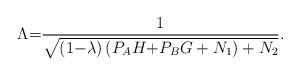
LaTeX: \begin{align*}\Lambda {\rm{ = }}{{\rm{1}} \over {\sqrt {\left( {{\rm{1 - }}\lambda } \right)\left( {{P_A}H{\rm{ + }}{P_B}G + {N_1}} \right) + {N_2}} }}.\end{align*}